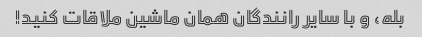
بله، و با سایر رانندگان همان ماشین ملاقات کنید!